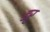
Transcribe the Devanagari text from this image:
डरु